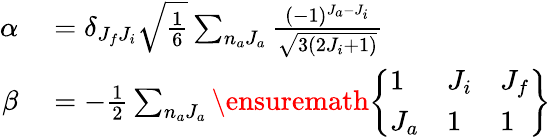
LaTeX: \begin{array}{rl}{\alpha}&{{}=\delta_{J_{f}J_{i}}\sqrt{\frac{1}{6}}\sum_{n_{a}J_{a}}\frac{(-1)^{J_{a}-J_{i}}}{\sqrt{3(2J_{i}+1)}}}\\ {\beta}&{{}=-\frac{1}{2}\sum_{n_{a}J_{a}}\ensuremath{\left\{ \begin{array}{lll}{1}&{J_{i}}&{J_{f}}\\ {J_{a}}&{1}&{1}\end{array}\right\} }}\end{array}